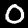
Label: 0